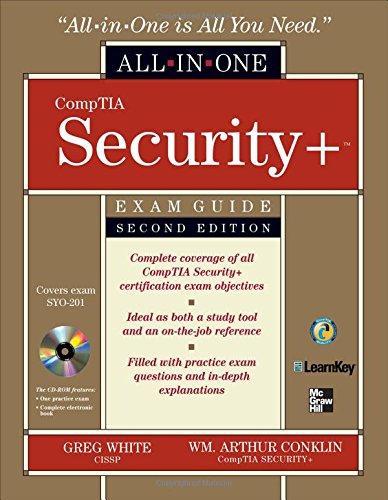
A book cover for CompTIA Security+ All-in-One Exam Guide, Second Edition (Exam SY0-201); Gregory White; Computers & Technology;